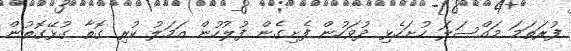
ފުރަތަމަ މައްސަލަ ހުށަހެޅި ދުވަހުން ފެށިގެން ފުލުހުން އަމަލު ކުރި ގޮތާ ގުޅޭގޮތުން